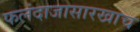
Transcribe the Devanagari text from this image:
फलंदाजासारखाच